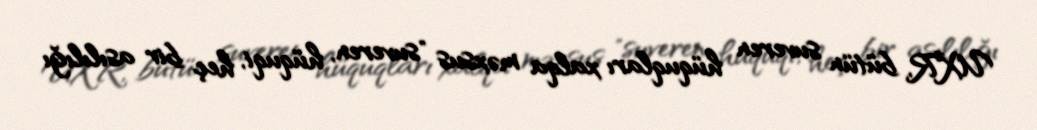
UXR, bütün suveren hüquqları xalqa məxsus "suveren, hüquqi, heç bir asılılığı